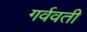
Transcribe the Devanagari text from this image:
गर्ववती